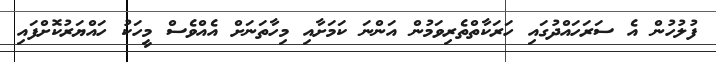
ފުލުހުން އެ ސަރަހައްދުގައި ހަރަކާތްތެރިވަމުން އަންނަ ކަމަށާއި މިހާތަނަށް އެއްވެސް މީހަކު ހައްޔަރުކޮށްފައި